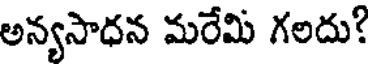
అన్యసాధన మరేమి గలదు?